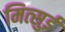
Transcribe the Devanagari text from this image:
मित्‍सुई